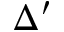
\Delta ^ { \prime }